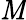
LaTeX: {\cal\mathit{M}}